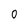
Character: 0